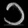
Digit: ၁